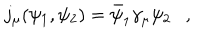
j _ { \mu } ( \psi _ { 1 } , \psi _ { 2 } ) = \bar { \psi } _ { 1 } \gamma _ { \mu } \psi _ { 2 } ,